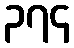
၃၇၄